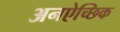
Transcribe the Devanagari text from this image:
अनऐच्छिक